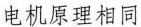
电机原理相同